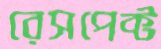
রেসপেক্ট